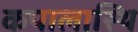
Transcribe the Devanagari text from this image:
कपालास्थि